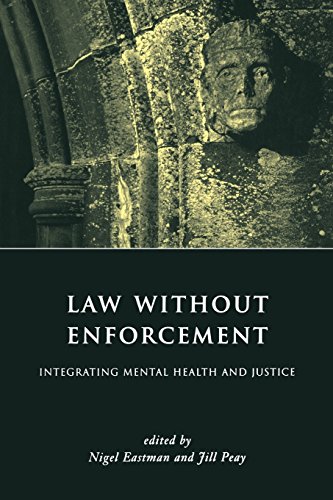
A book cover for Law Without Enforcement: Integrating Mental Health and Justice; Law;